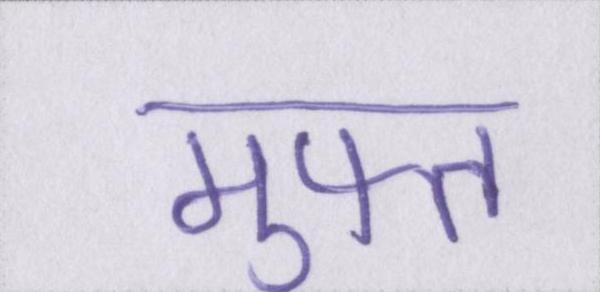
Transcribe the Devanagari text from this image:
मुफ्त